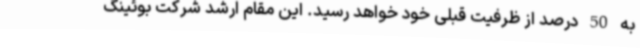
به 50 درصد از ظرفیت قبلی خود خواهد رسید. این مقام ارشد شرکت بوئینگ